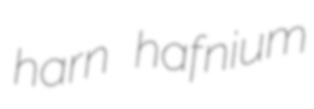
harn hafnium